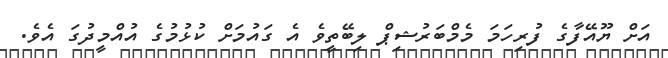
އަށް ޔޫއޭފާގެ ފުރިހަމަ މެމްބަރުޝިޕް ލިބޭތީވެ އެ ގައުމަށް ކުޅުމުގެ އުއްމީދުގަ އެވެ.